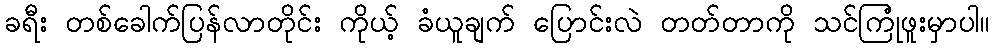
ခရီး တစ်ခေါက်ပြန်လာတိုင်း ကိုယ့် ခံယူချက် ပြောင်းလဲ တတ်တာကို သင်ကြုံဖူးမှာပါ။